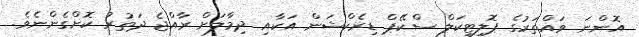
އޮންނަ ވައްތަރުގެ ޕޮލިޓިކަލް ސްކޭޕް ޑިރެކްޝަން އަކާއި ދިމާލަށް ރާއްޖެ ދަތުރު ކޮށްގެންނެވެ.